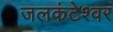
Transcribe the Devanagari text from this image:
जलकंटेश्वर